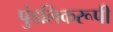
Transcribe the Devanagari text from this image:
पुंडलिकरूपी